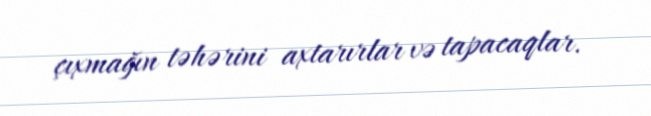
çıxmağın təhərini axtarırlar və tapacaqlar.